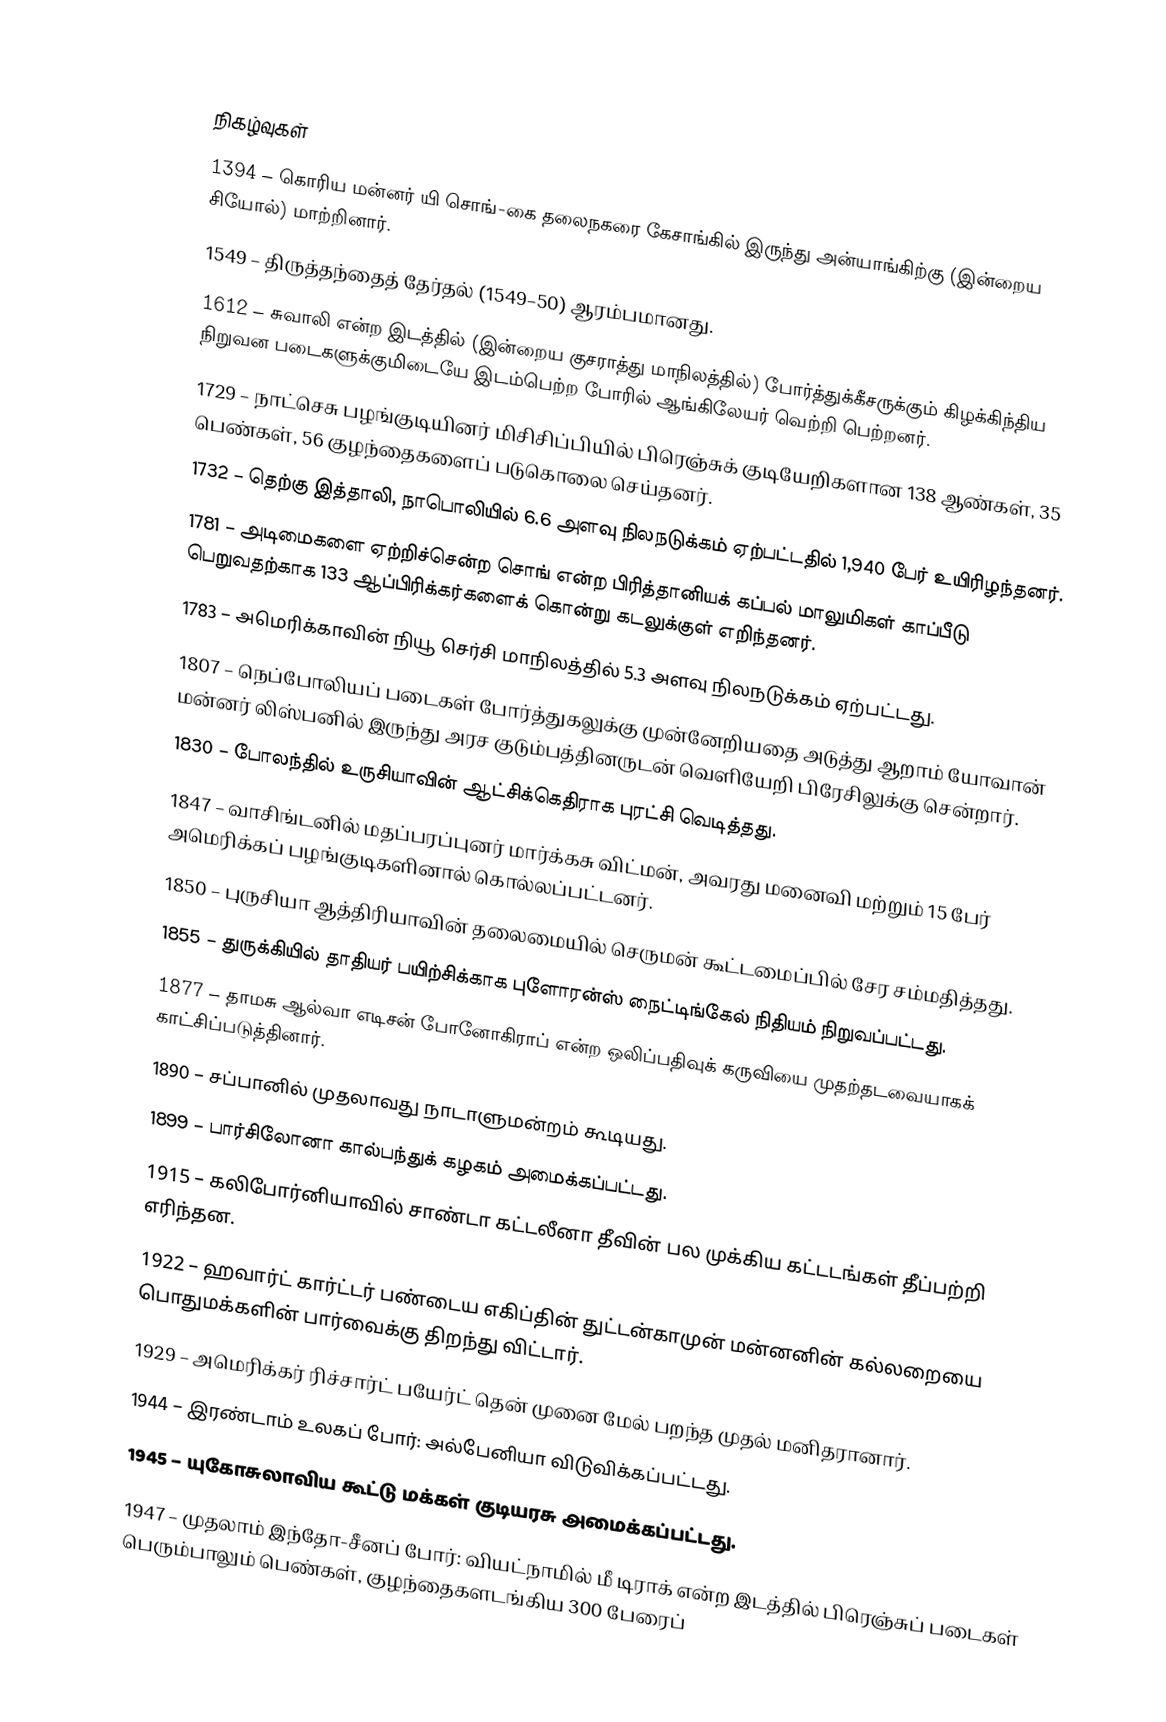

நிகழ்வுகள்
1394 – கொரிய மன்னர் யி சொங்-கை தலைநகரை கேசாங்கில் இருந்து அன்யாங்கிற்கு (இன்றைய சியோல்) மாற்றினார்.
1549 – திருத்தந்தைத் தேர்தல் (1549–50) ஆரம்பமானது.
1612 – சுவாலி என்ற இடத்தில் (இன்றைய குசராத்து மாநிலத்தில்) போர்த்துக்கீசருக்கும் கிழக்கிந்திய நிறுவன படைகளுக்குமிடையே இடம்பெற்ற போரில் ஆங்கிலேயர் வெற்றி பெற்றனர்.
1729 – நாட்செசு பழங்குடியினர் மிசிசிப்பியில் பிரெஞ்சுக் குடியேறிகளான 138 ஆண்கள், 35 பெண்கள், 56 குழந்தைகளைப் படுகொலை செய்தனர்.
1732 – தெற்கு இத்தாலி, நாபொலியில் 6.6 அளவு நிலநடுக்கம் ஏற்பட்டதில் 1,940 பேர் உயிரிழந்தனர்.
1781 – அடிமைகளை ஏற்றிச்சென்ற சொங் என்ற பிரித்தானியக் கப்பல் மாலுமிகள் காப்பீடு பெறுவதற்காக 133 ஆப்பிரிக்கர்களைக் கொன்று கடலுக்குள் எறிந்தனர்.
1783 – அமெரிக்காவின் நியூ செர்சி மாநிலத்தில் 5.3 அளவு நிலநடுக்கம் ஏற்பட்டது.
1807 – நெப்போலியப் படைகள் போர்த்துகலுக்கு முன்னேறியதை அடுத்து ஆறாம் யோவான் மன்னர் லிஸ்பனில் இருந்து அரச குடும்பத்தினருடன் வெளியேறி பிரேசிலுக்கு சென்றார்.
1830 – போலந்தில் உருசியாவின் ஆட்சிக்கெதிராக புரட்சி வெடித்தது.
1847 – வாசிங்டனில் மதப்பரப்புனர் மார்க்கசு விட்மன், அவரது மனைவி மற்றும் 15 பேர் அமெரிக்கப் பழங்குடிகளினால் கொல்லப்பட்டனர்.
1850 – புருசியா ஆத்திரியாவின் தலைமையில் செருமன் கூட்டமைப்பில் சேர சம்மதித்தது.
1855 – துருக்கியில் தாதியர் பயிற்சிக்காக புளோரன்ஸ் நைட்டிங்கேல் நிதியம் நிறுவப்பட்டது.
1877 – தாமசு ஆல்வா எடிசன் போனோகிராப் என்ற ஒலிப்பதிவுக் கருவியை முதற்தடவையாகக் காட்சிப்படுத்தினார்.
1890 – சப்பானில் முதலாவது நாடாளுமன்றம் கூடியது.
1899 – பார்சிலோனா கால்பந்துக் கழகம் அமைக்கப்பட்டது.
1915 – கலிபோர்னியாவில் சாண்டா கட்டலீனா தீவின் பல முக்கிய கட்டடங்கள் தீப்பற்றி எரிந்தன.
1922 – ஹவார்ட் கார்ட்டர் பண்டைய எகிப்தின் துட்டன்காமுன் மன்னனின் கல்லறையை பொதுமக்களின் பார்வைக்கு திறந்து விட்டார்.
1929 – அமெரிக்கர் ரிச்சார்ட் பயேர்ட் தென் முனை மேல் பறந்த முதல் மனிதரானார்.
1944 – இரண்டாம் உலகப் போர்: அல்பேனியா விடுவிக்கப்பட்டது.
1945 – யுகோசுலாவிய கூட்டு மக்கள் குடியரசு அமைக்கப்பட்டது.
1947 – முதலாம் இந்தோ-சீனப் போர்: வியட்நாமில் மீ டிராக் என்ற இடத்தில் பிரெஞ்சுப் படைகள் பெரும்பாலும் பெண்கள், குழந்தைகளடங்கிய 300 பேரைப்